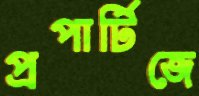
প্রপার্টিজে